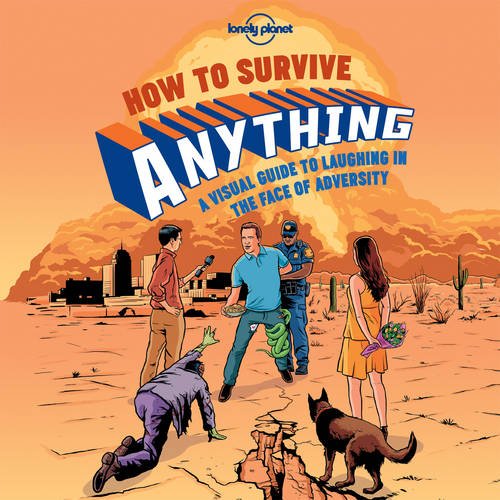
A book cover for How to Survive Anything: A Visual Guide to Laughing in the Face of Adversity (Lonely Planet Pictorial); Lonely Planet; Humor & Entertainment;